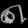
Digit: ၈